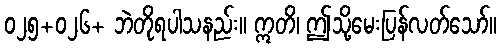
၀၂၅+၀၂၆+ ဘဲတိုရပါသနည်း။ ဣတိ၊ ဤသို့မေးပြန်လတ်သော်။